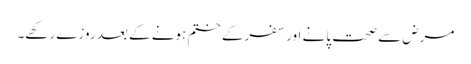
مرض سے صحت پانے اور سفرکے ختم ہونے کے بعد روزے رکھے۔